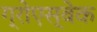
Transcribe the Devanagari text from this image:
ग्रोएस्बेक